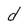
Character: d